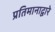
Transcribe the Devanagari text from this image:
प्रतिमानाद्वारे